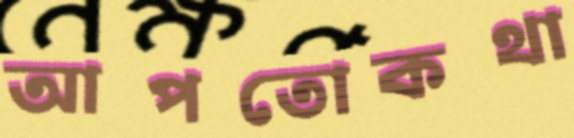
আপতোকথা